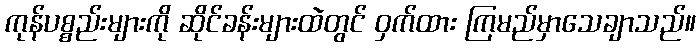
ကုန်ပစ္စည်းများကို ဆိုင်ခန်းများထဲတွင် ဝှက်ထား ကြမည်မှာသေချာသည်။